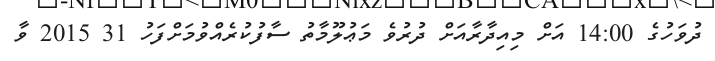
ދުވަހުގެ 14:00 އަށް މިއިދާރާއަށް ދުރުވެ މަޢުލޫމާތު ސާފުކުރެއްވުމަށްފަހު 31 2015 ވާ